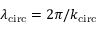
\lambda _ { \mathrm { c i r c } } = 2 \pi / k _ { \mathrm { c i r c } }